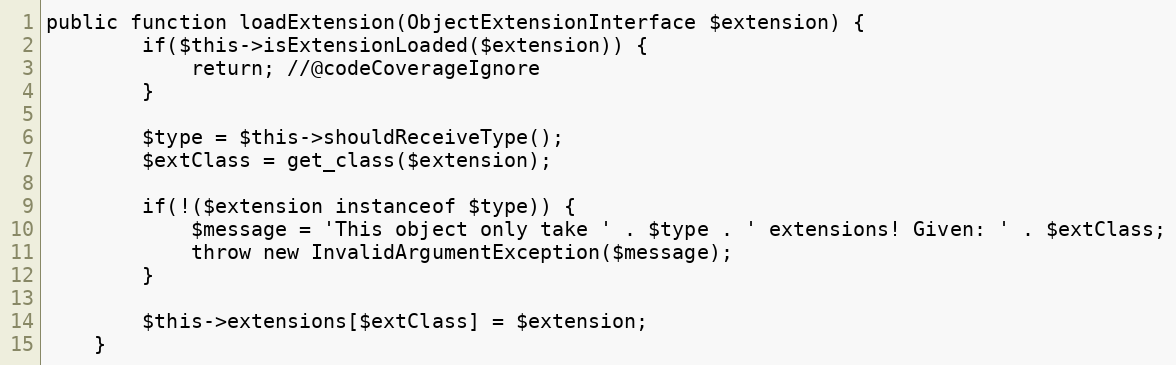
Language: PHP
public function loadExtension(ObjectExtensionInterface $extension) {
        if($this->isExtensionLoaded($extension)) {
            return; //@codeCoverageIgnore
        }

        $type = $this->shouldReceiveType();
        $extClass = get_class($extension);

        if(!($extension instanceof $type)) {
            $message = 'This object only take ' . $type . ' extensions! Given: ' . $extClass;
            throw new InvalidArgumentException($message);
        }

        $this->extensions[$extClass] = $extension;
    }